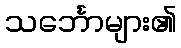
သင်္ဘောများ၏